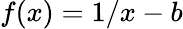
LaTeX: f(x)=1/x-b